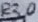
Text: R30